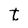
Character: t